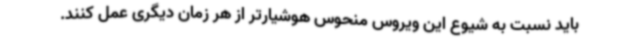
باید نسبت به شیوع این ویروس منحوس هوشیارتر از هر زمان دیگری عمل کنند.